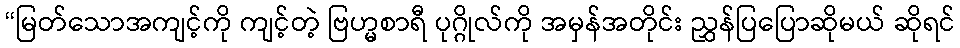
“မြတ်သောအကျင့်ကို ကျင့်တဲ့ ဗြဟ္မစာရီ ပုဂ္ဂိုလ်ကို အမှန်အတိုင်း ညွှန်ပြပြောဆိုမယ် ဆိုရင်